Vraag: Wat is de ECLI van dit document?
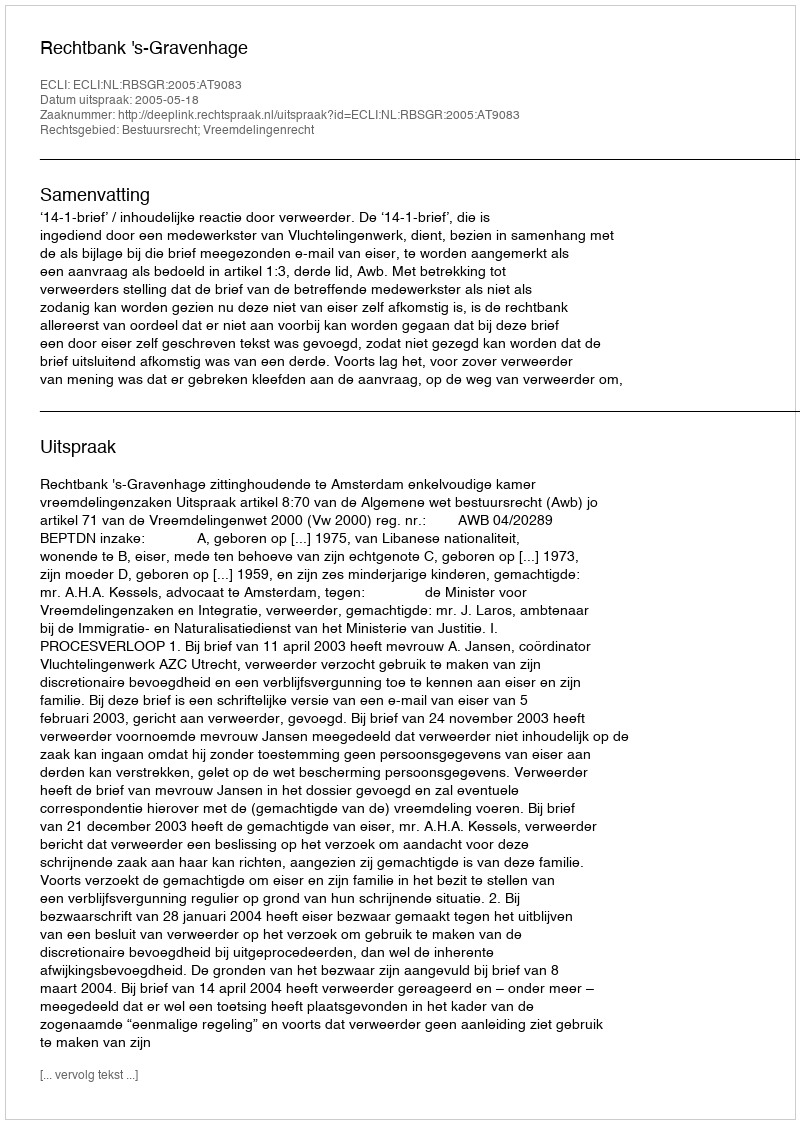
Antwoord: ECLI:NL:RBSGR:2005:AT9083